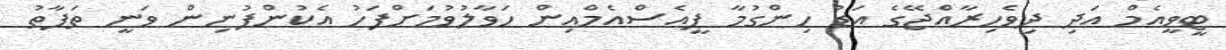
ޓީވީއެމް އަދި ދިވެހިރާއްޖޭގެ އަޑު ހިންގުމާ ޕީއެސްއެމްއިން ހަވާލުވުމަށްފަހު އެކުންފުނިން ވަނީ ތަފާތު